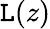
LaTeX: \mathtt{L}(z)